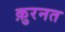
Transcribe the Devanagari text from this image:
क़ुरनत